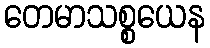
တေမာသစ္စယေန